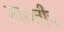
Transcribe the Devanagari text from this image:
मारुतीच